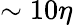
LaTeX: \sim{10\eta}